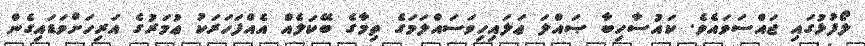
ލޯފުޅުގައި ޖައްސަވައެވެ. ކައުސާހިބާ ޞައްލަ ޢަލައިހިވަސައްލަމަގެ ތިމާގެ ބޭކަލެއް އެއްފަހަރަކު ޢުމަރުގެ އަރިހަށްވަޑައިގެން